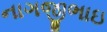
નાગજીભાઇ